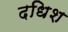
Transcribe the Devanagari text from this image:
दधिश